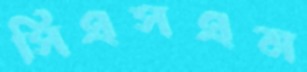
সিএসএম